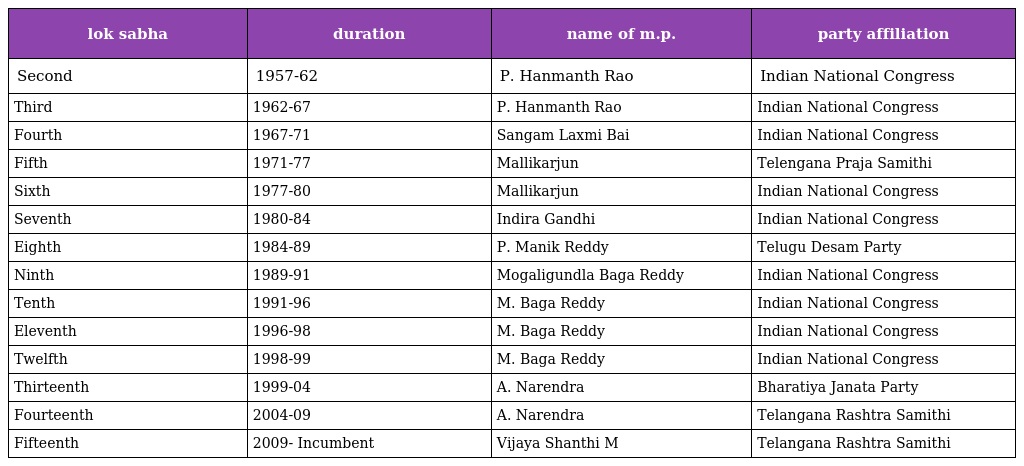
| lok sabha | duration | name of m.p. | party affiliation |
 | --- | --- | --- | --- |
 | Second | 1957-62 | P. Hanmanth Rao | Indian National Congress |
 | Third | 1962-67 | P. Hanmanth Rao | Indian National Congress |
 | Fourth | 1967-71 | Sangam Laxmi Bai | Indian National Congress |
 | Fifth | 1971-77 | Mallikarjun | Telengana Praja Samithi |
 | Sixth | 1977-80 | Mallikarjun | Indian National Congress |
 | Seventh | 1980-84 | Indira Gandhi | Indian National Congress |
 | Eighth | 1984-89 | P. Manik Reddy | Telugu Desam Party |
 | Ninth | 1989-91 | Mogaligundla Baga Reddy | Indian National Congress |
 | Tenth | 1991-96 | M. Baga Reddy | Indian National Congress |
 | Eleventh | 1996-98 | M. Baga Reddy | Indian National Congress |
 | Twelfth | 1998-99 | M. Baga Reddy | Indian National Congress |
 | Thirteenth | 1999-04 | A. Narendra | Bharatiya Janata Party |
 | Fourteenth | 2004-09 | A. Narendra | Telangana Rashtra Samithi |
 | Fifteenth | 2009- Incumbent | Vijaya Shanthi M | Telangana Rashtra Samithi |